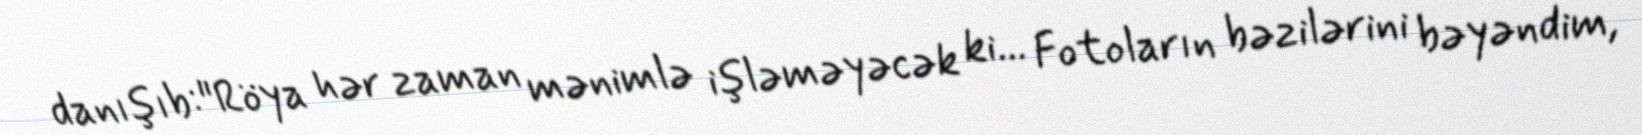
danışıb:"Röya hər zaman mənimlə işləməyəcək ki... Fotoların bəzilərini bəyəndim,